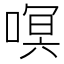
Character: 𭉳